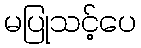
မပြုသင့်ပေ